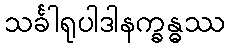
သင်္ခါရုပါဒါနက္ခန္ဓဿ